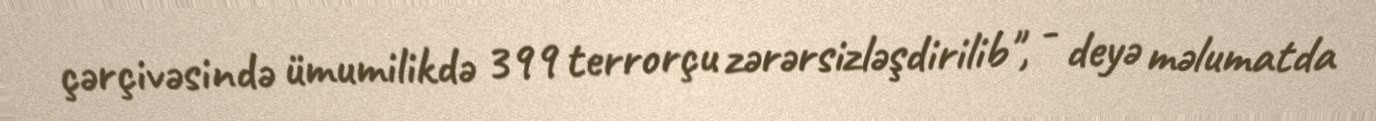
çərçivəsində ümumilikdə 399 terrorçu zərərsizləşdirilib", - deyə məlumatda